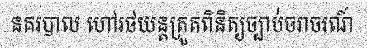
នគរបាល ហៅរថយន្តត្រួតពិនិត្យច្បាប់ចរាចរណ៍